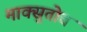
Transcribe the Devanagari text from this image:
माक्सुतोव